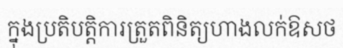
ក្នុងប្រតិបត្តិការត្រួតពិនិត្យហាងលក់ឱសថ